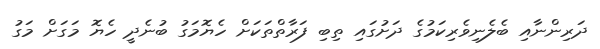
ދަރިންނާއި ބެލެނިވެރިކަމުގެ ދަށުގައި ތިބި ފަރާތްތަކަށް ހެޔޮމަގު ބުނެދީ ހެޔޮ މަގަށް މަގު